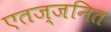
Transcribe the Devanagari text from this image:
एतज्जनित